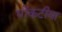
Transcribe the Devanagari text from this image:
धोंकटीया